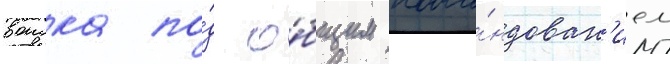
воиска по́д о́бщим кома́ндован'ием